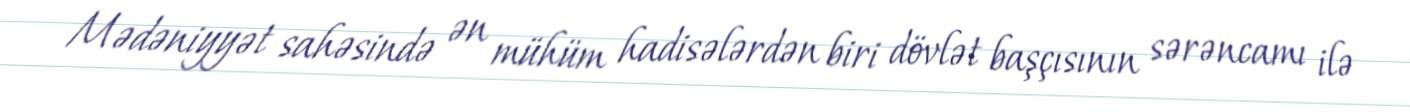
Mədəniyyət sahəsində ən mühüm hadisələrdən biri dövlət başçısının sərəncamı ilə